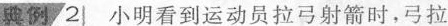
典例2 小明看到运动员拉弓射箭时，弓拉